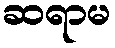
ဆရာမ